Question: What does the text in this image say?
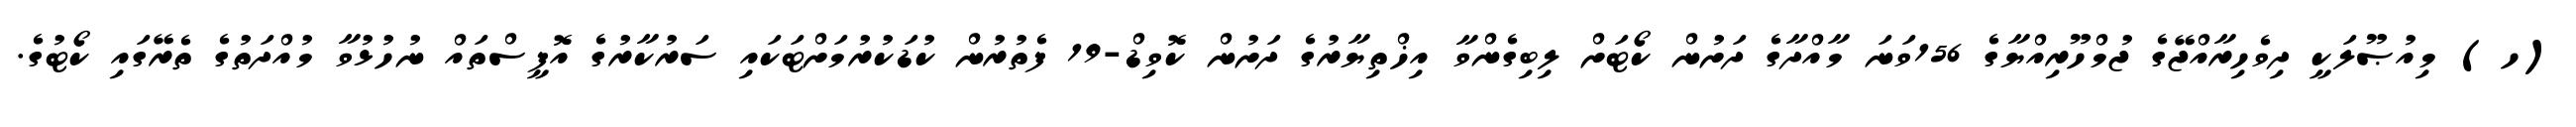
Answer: (ހ) މިއުޞޫލަކީ ދިވެހިރާއްޖޭގެ ޖުމްހޫރިއްޔާގެ 156ވަނަ މާއްދާގެ ދަށުން ކޯޓަށް ލިބިގެންވާ އިޚްތިޔާރުގެ ދަށުން ކޮވިޑް-19 ފެތުރުން ކުޑަކުރުމަށްޓަކައި ސަރުކާރުގެ އޮފީސްތައް ނުހުޅުވާ މުއްދަތުގެ ތެރޭގައި ކޯޓުގެ.